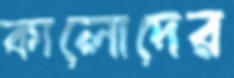
কালোদের